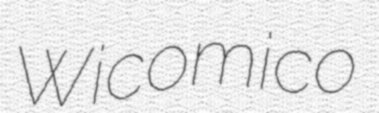
Wicomico